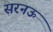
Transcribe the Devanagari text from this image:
सरनऊ